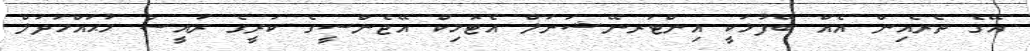
އޭގެ ތެރެއިން އެއް ބޭފުޅަކީ އިންޓަރނޭޝަނަލް އެޓޮމިކް އޭޖެންސީގެ ކުރީގެ ރައީސް މުޙައްމަދުލް